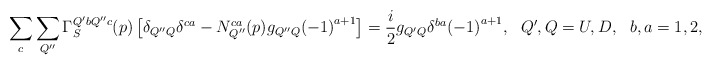
\begin{align*}\sum_c\sum_{Q''}\Gamma_S^{Q'bQ''c}(p)\left[\delta_{Q''Q}\delta^{ca}-N_{Q''}^{ca}(p)g_{Q''Q}{(-1)}^{a+1}\right]=\frac{i}{2}g_{Q'Q}\delta^{ba}{(-1)}^{a+1}, \ \ Q',Q=U,D, \ \ b,a=1,2,\end{align*}